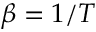
\beta = 1 / T